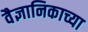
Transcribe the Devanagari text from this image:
वैज्ञानिकाच्या